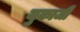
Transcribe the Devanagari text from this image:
युकाजी